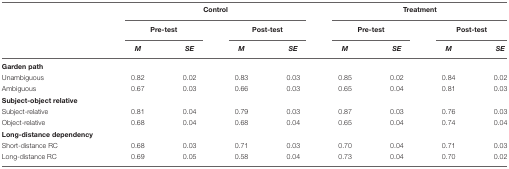
|  | <COLSPAN=4> Control | <COLSPAN=4> Treatment |
 |  | <COLSPAN=2> Pre-test | <COLSPAN=2> Post-test | <COLSPAN=2> Pre-test | <COLSPAN=2> Post-test |
 |  | M | SE | M | SE | M | SE | M | SE |
 | --- | --- | --- | --- | --- | --- | --- | --- | --- |
 | Garden path |  |  |  |  |  |  |  |  |
 | Unambiguous | 0.82 | 0.02 | 0.83 | 0.03 | 0.85 | 0.02 | 0.84 | 0.02 |
 | Ambiguous | 0.67 | 0.03 | 0.66 | 0.03 | 0.65 | 0.04 | 0.81 | 0.03 |
 | Subject-object relative |  |  |  |  |  |  |  |  |
 | Subject-relative | 0.81 | 0.04 | 0.79 | 0.03 | 0.87 | 0.03 | 0.76 | 0.03 |
 | Object-relative | 0.68 | 0.04 | 0.68 | 0.04 | 0.65 | 0.04 | 0.74 | 0.04 |
 | Long-distance dependency |  |  |  |  |  |  |  |  |
 | Short-distance RC | 0.68 | 0.03 | 0.71 | 0.03 | 0.70 | 0.04 | 0.71 | 0.03 |
 | Long-distance RC | 0.69 | 0.05 | 0.58 | 0.04 | 0.73 | 0.04 | 0.70 | 0.02 |